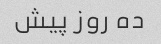
ده روز پیش